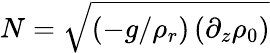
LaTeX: N=\sqrt{\left(-g/\rho_{r}\right)\left(\partial_{z}\rho_{0}\right)}